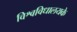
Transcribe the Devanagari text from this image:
विश्वविधालयके